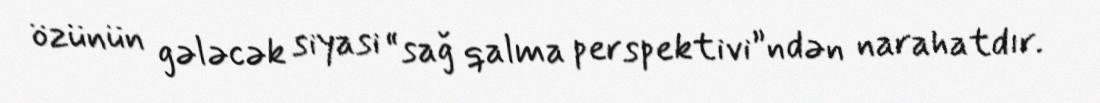
özünün gələcək siyasi “sağ qalma perspektivi”ndən narahatdır.